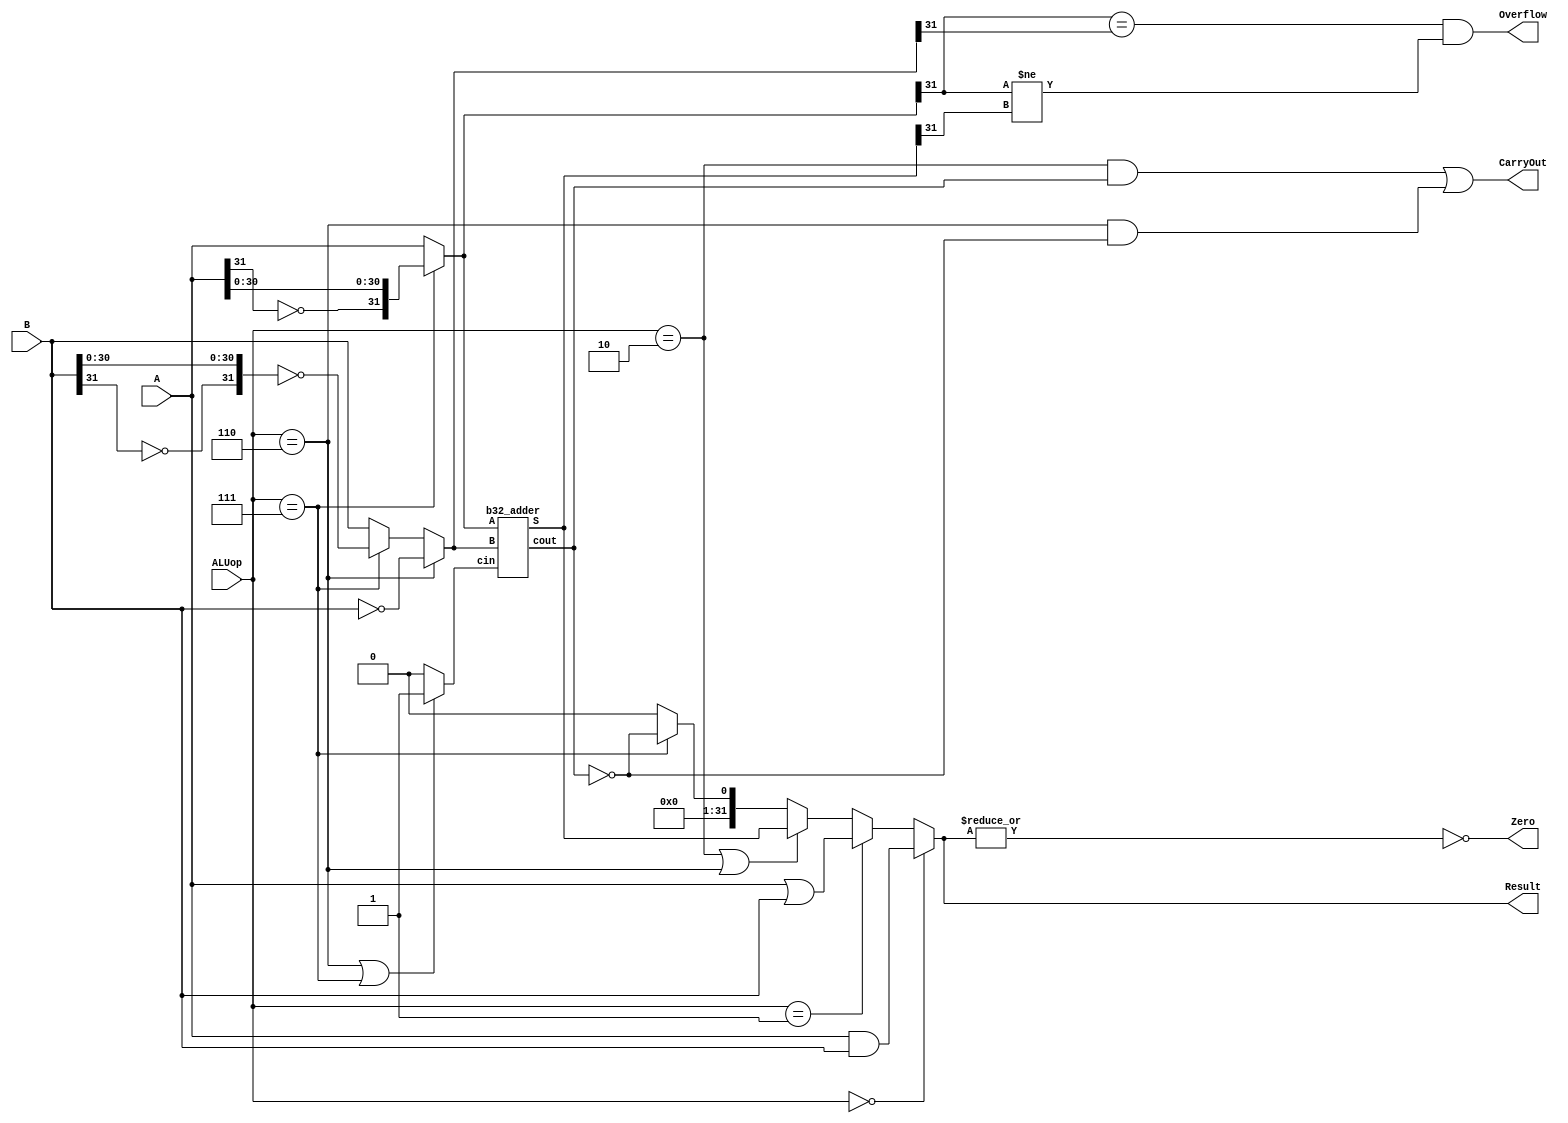
`timescale 10 ns / 1 ns

`define DATA_WIDTH 32

module alu(
	input  [`DATA_WIDTH - 1:0]  A,
	input  [`DATA_WIDTH - 1:0]  B,
	input  [              2:0]  ALUop,
	output                      Overflow,
	output                      CarryOut,
	output                      Zero,
	output [`DATA_WIDTH - 1:0]  Result
);
	// TODO: Please add your logic design here
	/* ALU opcode */
	parameter AND = 3'b000, OR = 3'b001, ADD = 3'b010, SUB = 3'b110, SLT = 3'b111;

	wire [`DATA_WIDTH - 1:0] A_switched, B_switched, res_sum, res_and, res_or;
	wire cin, cout;
	wire A_sign, B_sign, sum_sign;  /* signal bit */

	b32_adder ALU_adder (
		.A(A_switched), .B(B_switched), .cin(cin), .cout(cout), .S(res_sum)
	);

	assign Zero = ~|Result;
	assign A_switched = (ALUop == SLT ? { ~A_sign,A[`DATA_WIDTH - 2:0] } : A);  /* use shift code when SLT */
	assign B_switched = (ALUop == SUB ? ~B : (ALUop == SLT ? ~{ ~B_sign,B[`DATA_WIDTH - 2:0] } : B));
	assign cin = (ALUop == SUB || ALUop == SLT ? 1'b1 : 1'b0);

	assign res_and = A & B;
	assign res_or = A | B;

	assign A_sign = A[`DATA_WIDTH - 1];
	assign B_sign = B[`DATA_WIDTH - 1];
	assign sum_sign = res_sum[`DATA_WIDTH - 1];

	assign Overflow = (A_switched[`DATA_WIDTH - 1] == B_switched[`DATA_WIDTH - 1] && A_switched[`DATA_WIDTH - 1] != sum_sign);
	assign CarryOut = (ALUop == ADD && cout == 1'b1) || (ALUop == SUB && cout == 1'b0);

	assign Result = (
		ALUop == AND ? res_and : (
		ALUop == OR ? res_or : (
		ALUop == ADD || ALUop == SUB ? res_sum : (
		ALUop == SLT ? { 31'd0,~cout } : 32'd0
	))));
endmodule

module b32_adder(
	input	[`DATA_WIDTH - 1:0]	A,
	input	[`DATA_WIDTH - 1:0]	B,
	input						cin,
	output						cout,
	output	[`DATA_WIDTH - 1:0] S
);
	assign { cout,S } = A + B + cin;
endmodule